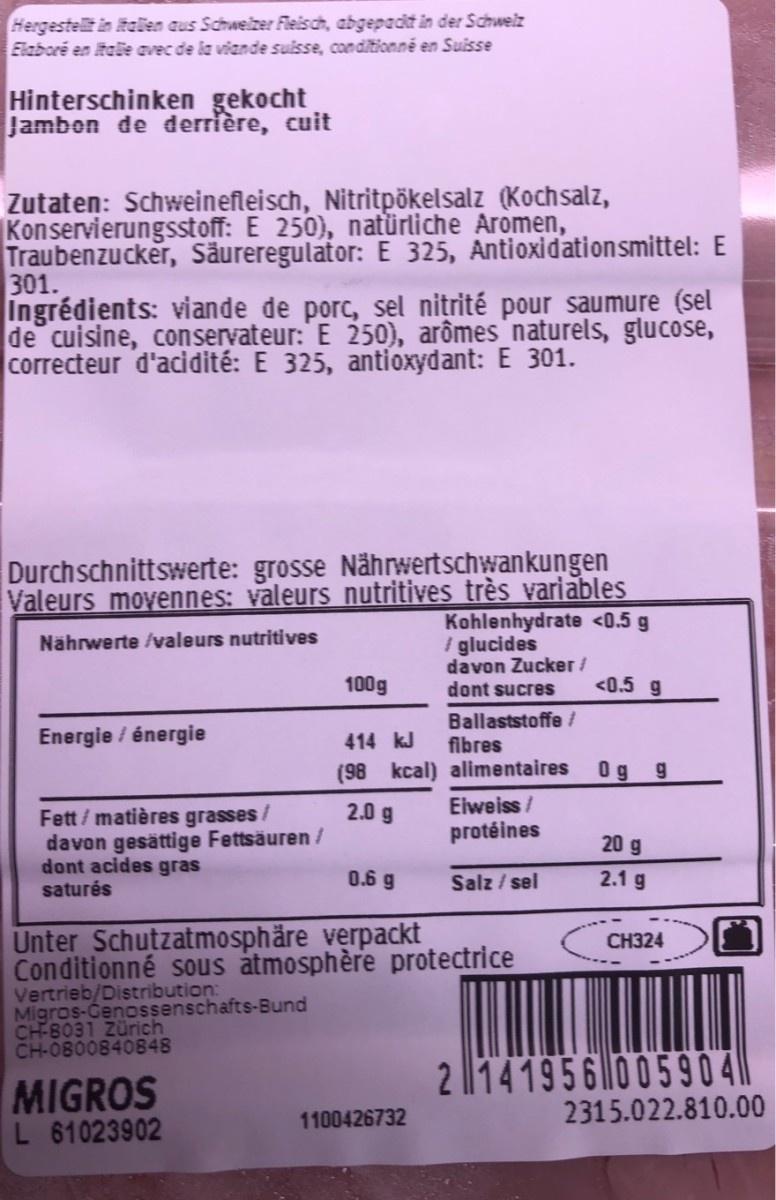
Hergestellt in Itaien aus Schweizer Fleisch, abgepadt än der Schweiz Elaboré en tale avec de la viande suisse, conditionné en Suisse Hinterschinken gekocht Jambon de derrière, cuit Zutaten: Schweinefleisch, Nitritpökelsalz (Kochsalz, Konservierungsstoff: E 250), natürliche Aromen, Traubenzucker, Säureregulator: E 325, Antioxidationsmittel: E 301. Ingrédients: viande de porc, sel nitrité pour saumure (sel de cuisine, conservateur: E 250), arômes_naturels, glucose, correcteur d'acidité: E 325, antioxydant: E 301. Durchschnittswerte: grosse Nährwertschwankungen Valeurs movennes: valeurs nutritives très variables Kohlenhydrate <0.5 g i glucides davon Zucker / dont sucres Nährwerte /valeurs nutritives <0.5 g 100g Ballaststoffe/ fibres Energie / énergie 414 kJ 0g g (98 kcal) alimentaires Eiweiss / 2.0 g Fett / matières grasses/ davon gesättige Fettsäuren / dont acides gras saturés protéines 20 g 0.6 g 2.1 g Salz / sel Unter Schutzatmosphäre verpackt Conditionné sous àtmosphère protectrice Vertrieb/Distribution: Migros-Genossenschafts-Bund CH-8031 Zürich CH-0800840848 СН324 2 141956|005904 2315.022.810.00 MIGROS L 61023902 1100426732